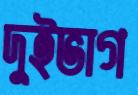
দুইভাগ